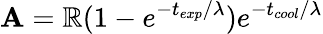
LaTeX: \mathbf{A}=\mathbb{R}(1-e^{-t_{exp}/\lambda})e^{-t_{cool}/\lambda}